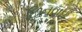
છિનવાઈ